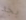
بجد